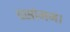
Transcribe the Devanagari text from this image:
वसोमम।